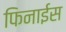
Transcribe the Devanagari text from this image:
फिनाईस